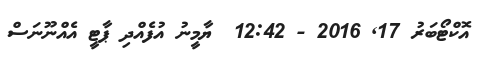
އޮކްޓޯބަރު 17